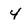
Character: 4